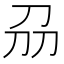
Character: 刕